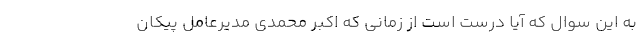
به این سوال که آیا درست است از زمانی که اکبر محمدی مدیرعامل پیکان